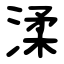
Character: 渘